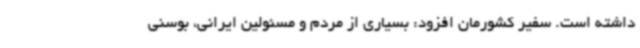
داشته است. سفیر کشورمان افزود: بسیاری از مردم و مسئولین ایرانی، بوسنی